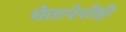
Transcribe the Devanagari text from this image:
चेतापेशीही